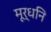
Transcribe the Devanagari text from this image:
मूर्धनि